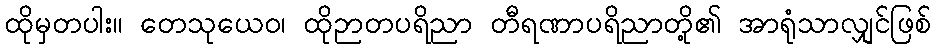
ထိုမှတပါး။ တေသုယေဝ၊ ထိုဉာတပရိညာ တီရဏာပရိညာတို့၏ အာရုံသာလျှင်ဖြစ်